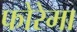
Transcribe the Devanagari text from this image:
फोरेमा